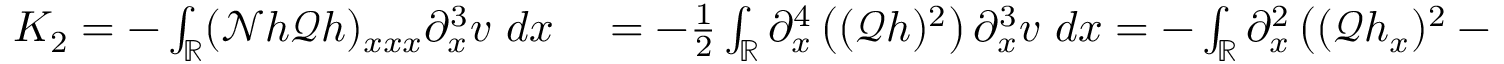
\begin{array} { r l } { K _ { 2 } = - \int _ { \mathbb R } ( \mathscr { N } h \mathscr { Q } h ) _ { x x x } \partial _ { x } ^ { 3 } v \ d x } & { { } = - \frac { 1 } { 2 } \int _ { \mathbb R } \partial _ { x } ^ { 4 } \left( ( \mathscr { Q } h ) ^ { 2 } \right) \partial _ { x } ^ { 3 } v \ d x = - \int _ { \mathbb R } \partial _ { x } ^ { 2 } \left( ( \mathscr { Q } h _ { x } ) ^ { 2 } - \mathscr { Q } h \mathscr { L } h \right) \partial _ { x } ^ { 3 } v \ d x . } \end{array}